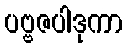
ပဗ္ဗဇပါဒုကာ